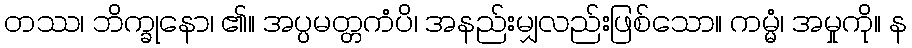
တဿ၊ ဘိက္ခုနော၊ ၏။ အပ္ပမတ္တကံပိ၊ အနည်းမျှလည်းဖြစ်သော။ ကမ္မံ၊ အမှုကို။ န